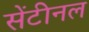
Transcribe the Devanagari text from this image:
सेंटीनल